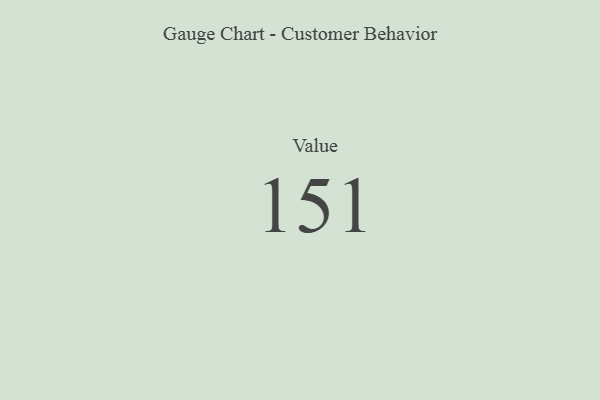
{"axis": {"x": "Metric", "y": "Value"}, "legend": [""], "data": [{"x": "Value", "y": 151, "type": ""}]}